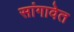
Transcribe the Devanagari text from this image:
सांगावेत